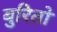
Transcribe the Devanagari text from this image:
बुरितो